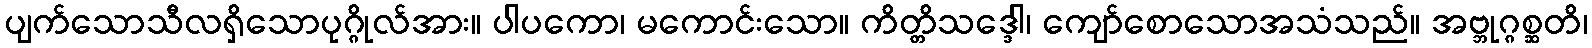
ပျက်သောသီလရှိသောပုဂ္ဂိုလ်အား။ ပါပကော၊ မကောင်းသော။ ကိတ္တိသဒ္ဒေါ၊ ကျော်စောသောအသံသည်။ အဗ္ဘုဂ္ဂစ္ဆတိ၊